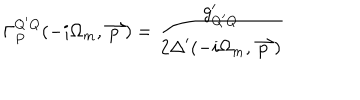
\Gamma _ { P } ^ { Q ^ { \prime } Q } ( - i \Omega _ { m } , \stackrel { \rightharpoonup } { p } ) = \frac { g _ { Q ^ { \prime } Q } ^ { \prime } } { 2 { \Delta } ^ { \prime } ( - i \Omega _ { m } , \stackrel { \rightharpoonup } { p } ) }